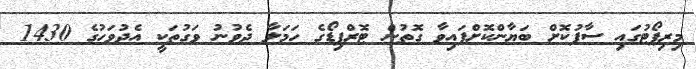
މިރިޕޯޓުގައި ސާފުކޮށް ބަޔާންކޮށްފައިވާ ގޮތުން ޓޮރްޕިޑޯގެ ހަމަލާ ދެވުނު ވަގުތަކީ އެދުވަހުގެ 1430